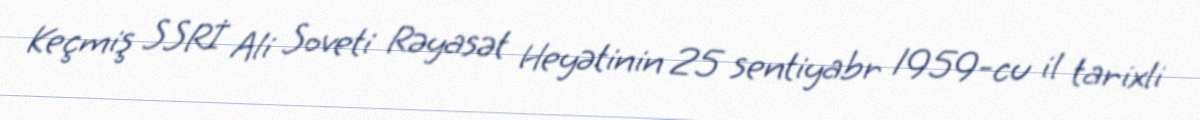
Keçmiş SSRİ Ali Soveti Rəyasət Heyətinin 25 sentiyabr 1959-cu il tarixli